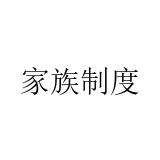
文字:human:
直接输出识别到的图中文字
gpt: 家族制度